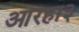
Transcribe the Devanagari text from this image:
आरहा३